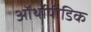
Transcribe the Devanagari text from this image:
ऑर्थोपीडिक